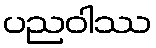
ပညဝါဿ